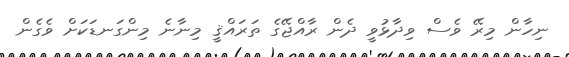
ނިހާން މިރޭ ވެސް ވިދާޅުވީ ދެން ރާއްޖޭގެ ތަރައްޤީ މިނާނެ މިންގަނޑަކަށް ވެގެން